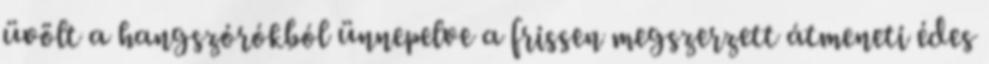
üvölt a hangszórókból ünnepelve a frissen megszerzett átmeneti édes